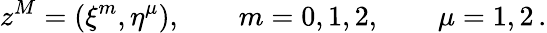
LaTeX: z^{M}=(\xi^{m},\eta^{\mu}),\qquad m=0,1,2,\qquad\mu=1,2\, .